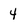
Character: 4